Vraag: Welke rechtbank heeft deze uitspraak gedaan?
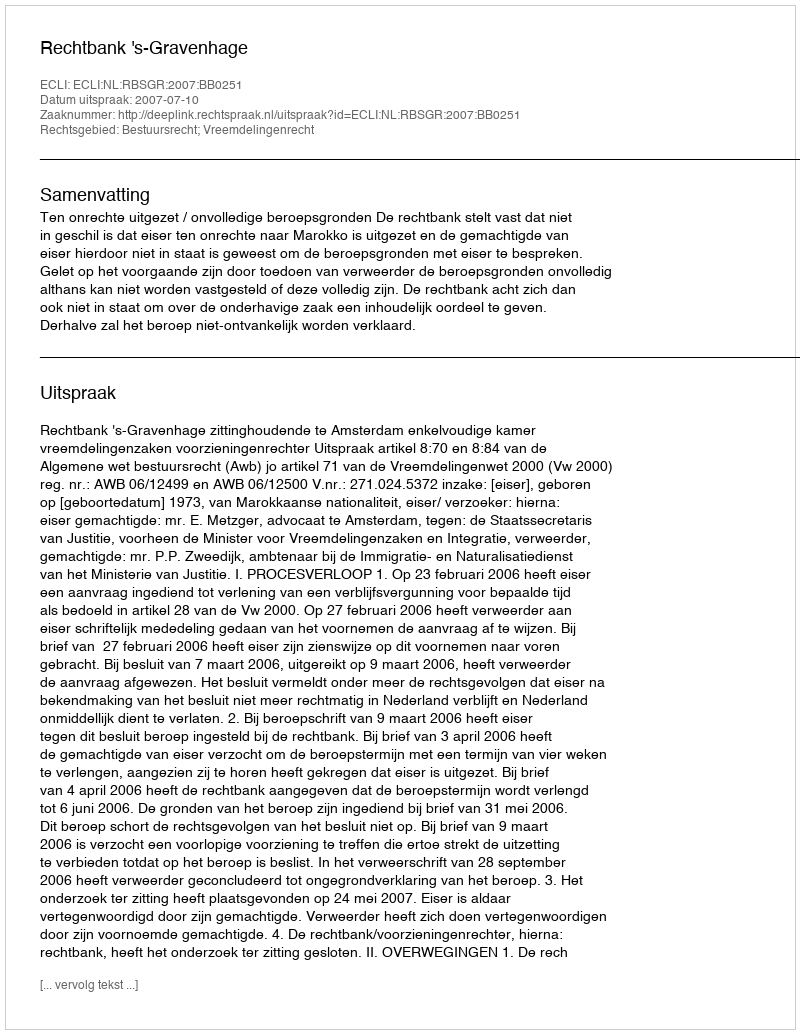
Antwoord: Rechtbank 's-Gravenhage